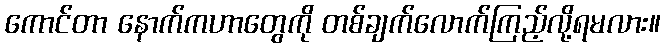
ကောင်တာ နောက်ကဟာတွေကို တစ်ချက်လောက်ကြည့်လို့ရမလား။